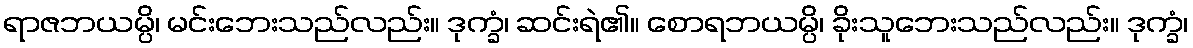
ရာဇဘယမ္ပိ၊ မင်းဘေးသည်လည်း။ ဒုက္ခံ၊ ဆင်းရဲ၏။ စောရဘယမ္ပိ၊ ခိုးသူဘေးသည်လည်း။ ဒုက္ခံ၊